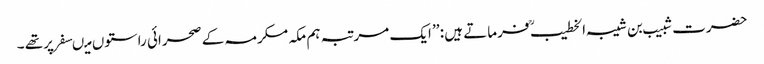
حضرت شبیب بن شیبہ الخطیب ؒ فرماتے ہیں : ’’ ایک مرتبہ ہم مکہ مکرمہ کے صحرائی راستوں میںسفر پرتھے ۔